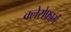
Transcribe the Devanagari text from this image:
क्लेरोफ़ार्म